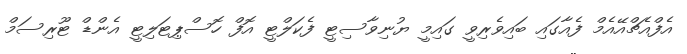
އެފްއެޗްއޭއެމް ފެއާގައި ބައިވެރިވީ ގައިމީ ޔުނިވާސިޓީ ފެކަލްޓީ އޮފް ހޮސްޕިޓަލިޓީ އެންޑް ޓޫރިސަމް